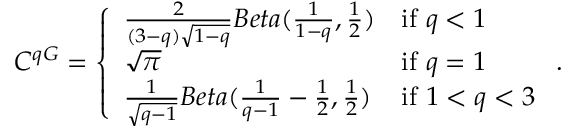
C ^ { q G } = \left\{ \begin{array} { l l } { \frac { 2 } { ( 3 - q ) \sqrt { 1 - q } } B e t a ( \frac { 1 } { 1 - q } , \frac { 1 } { 2 } ) } & { \mathrm { i f ~ } q < 1 } \\ { \sqrt { \pi } } & { \mathrm { i f ~ } q = 1 } \\ { \frac { 1 } { \sqrt { q - 1 } } B e t a ( \frac { 1 } { q - 1 } - \frac { 1 } { 2 } , \frac { 1 } { 2 } ) } & { \mathrm { i f ~ } 1 < q < 3 } \end{array} \right. .